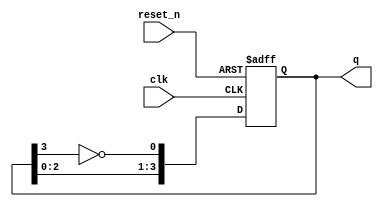
module johnson_counter (
    input wire clk,         // Clock input
    input wire reset_n,     // Asynchronous active-low reset
    output reg [3:0] q      // 4-bit output of the counter
);

    // On reset, initialize the counter to 0
    always @(posedge clk or negedge reset_n) begin
        if (!reset_n) begin
            q <= 4'b0000;  // Reset state
        end else begin
            // Johnson counter logic
            q[0] <= ~q[3];  // Invert last flip-flop and feed to first
            q[1] <= q[0];   // Shift left
            q[2] <= q[1];   // Shift left
            q[3] <= q[2];   // Shift left
        end
    end

endmodule